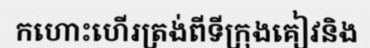
កហោះហើរត្រង់ពីទីក្រុងគៀវនិង